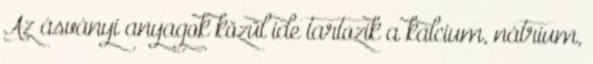
Az ásványi anyagok közül ide tartozik a kalcium, nátrium,